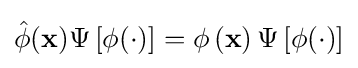
{\hat {\phi }}(\mathbf {x} )\Psi \left[\phi (\cdot )\right]=\operatorname {\phi } \left(\mathbf {x} \right)\Psi \left[\phi (\cdot )\right]